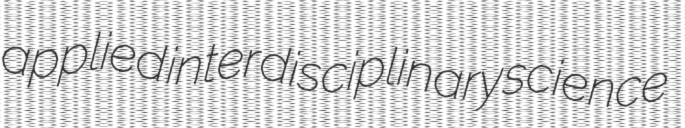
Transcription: applied interdisciplinary science